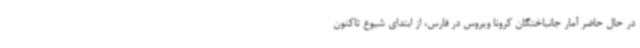
در حال حاضر آمار جانباختگان کرونا ویروس در فارس، از ابتدای شیوع تاکنون